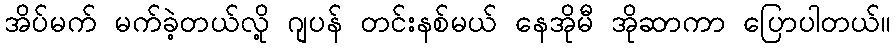
အိပ်မက် မက်ခဲ့တယ်လို့ ဂျပန် တင်းနစ်မယ် နေအိုမီ အိုဆာကာ ပြောပါတယ်။